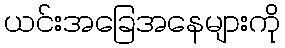
ယင်းအခြေအနေများကို